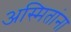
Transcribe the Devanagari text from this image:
अस्मितांना